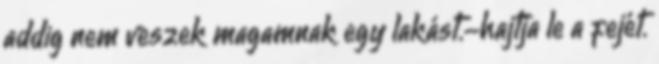
addig nem veszek magamnak egy lakást.-hajtja le a fejét.